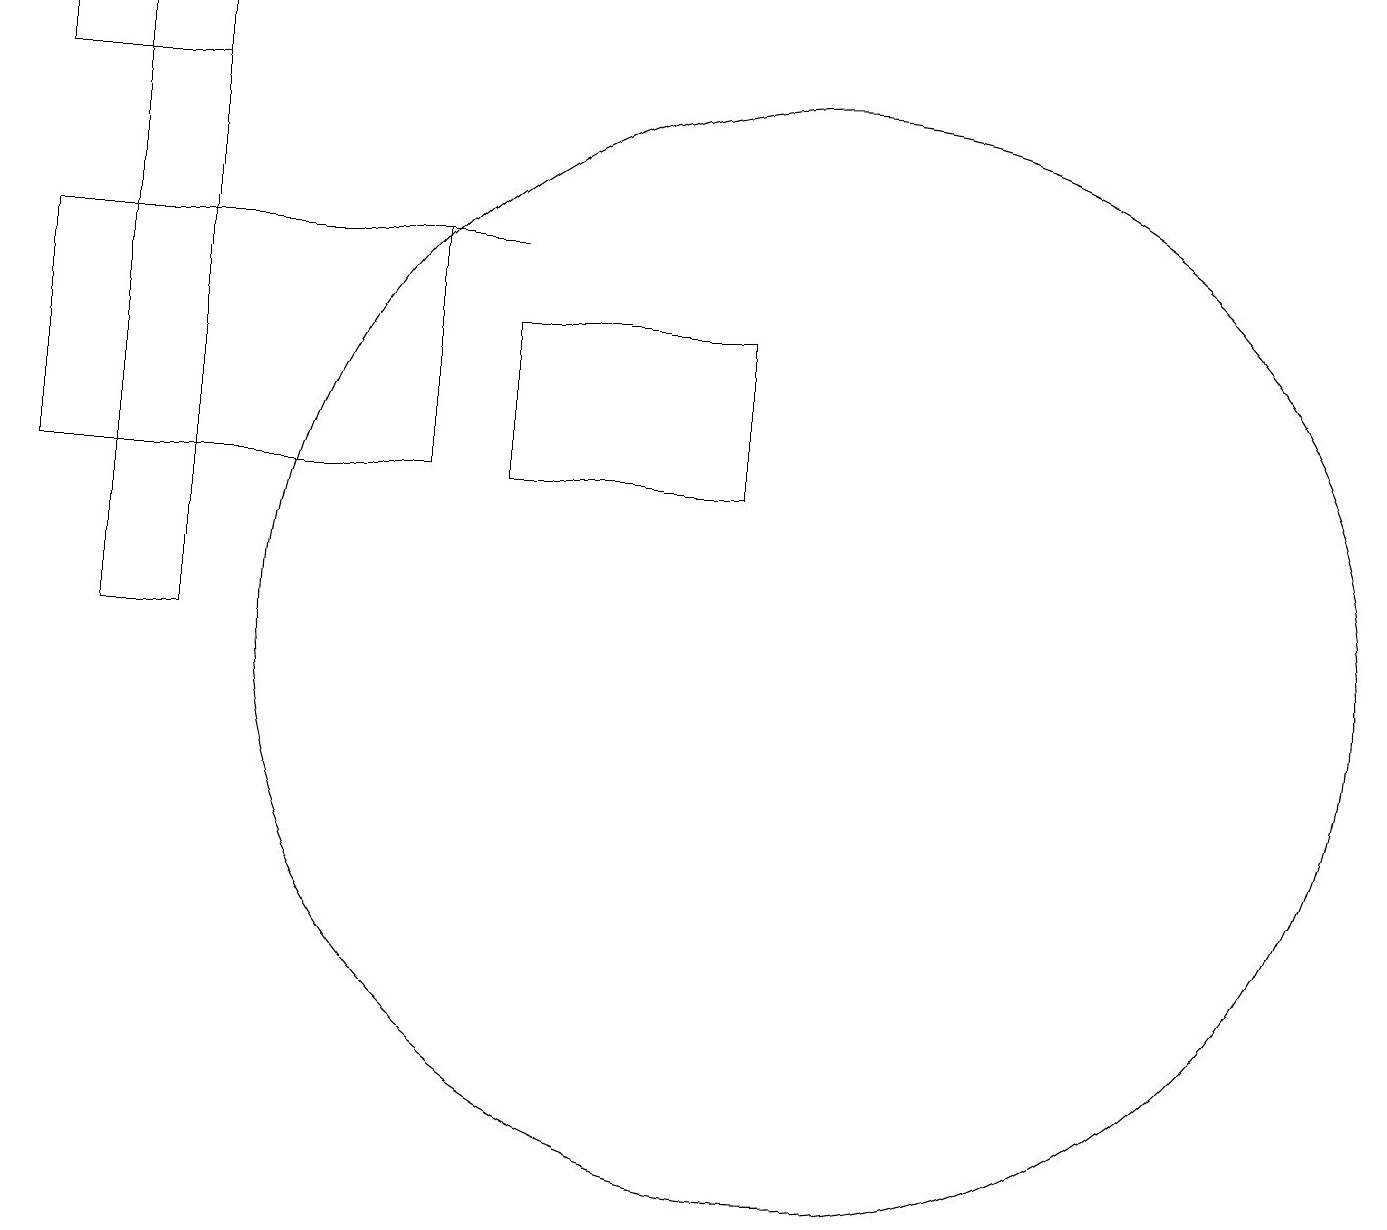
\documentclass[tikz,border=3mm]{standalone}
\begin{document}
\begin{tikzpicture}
\draw (1,18) rectangle (2,10);
\draw (5,15) rectangle (6,15);
\draw (9,14) rectangle (6,12);
\draw (0,15) rectangle (5,12);
\draw (0,18) rectangle (2,17);
\draw (10,10) circle (7);
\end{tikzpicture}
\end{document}